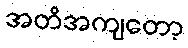
အတိအကျတော့